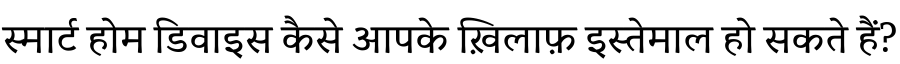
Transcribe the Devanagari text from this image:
स्मार्ट होम डिवाइस कैसे आपके ख़िलाफ़ इस्तेमाल हो सकते हैं?